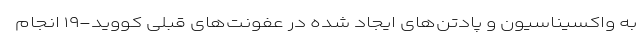
به واکسیناسیون و پادتن‌های ایجاد شده در عفونت‌های قبلی کووید-۱۹ انجام